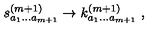
s _ { a _ { 1 } \ldots a _ { m + 1 } } ^ { ( m + 1 ) } \rightarrow k _ { a _ { 1 } \ldots a _ { m + 1 } } ^ { ( m + 1 ) } \ ,